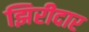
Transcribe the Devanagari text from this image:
झिरीदार